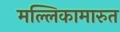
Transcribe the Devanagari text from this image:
मल्लिकामारुत